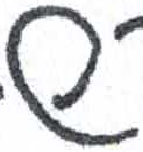
אות: ש